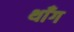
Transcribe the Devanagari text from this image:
थाँग